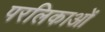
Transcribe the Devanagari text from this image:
परलिकाओं